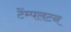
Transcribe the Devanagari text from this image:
टेंम्पलटन